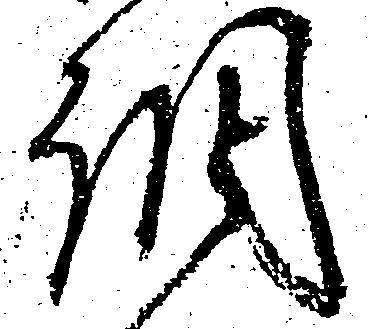
調